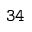
\mathtt { 3 4 }